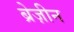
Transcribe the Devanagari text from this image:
ब्रेज़ीन